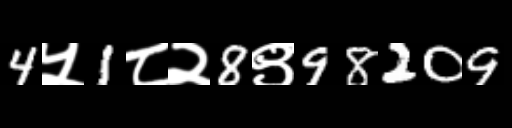
Text: 4५1८२8९98209